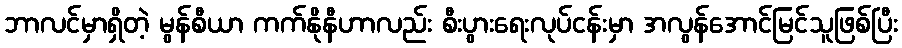
ဘာလင်မှာရှိတဲ့ မွန်စီယာ ကက်နိုနီဟာလည်း စီးပွားရေးလုပ်ငန်းမှာ အလွန်အောင်မြင်သူဖြစ်ပြီး